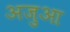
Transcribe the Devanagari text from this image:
अजुआ